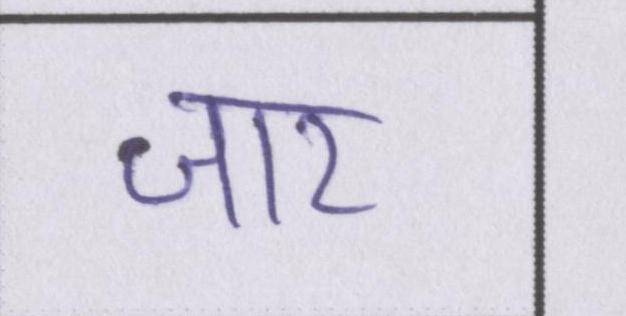
जार